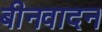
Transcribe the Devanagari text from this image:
बीनवादन